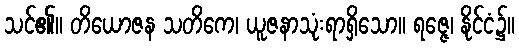
သင်၏။ တိယောဇန သတိကေ၊ ယူဇနာသုံးရာရှိသော။ ရဇ္ဇေ၊ နိုင်ငံ၌။